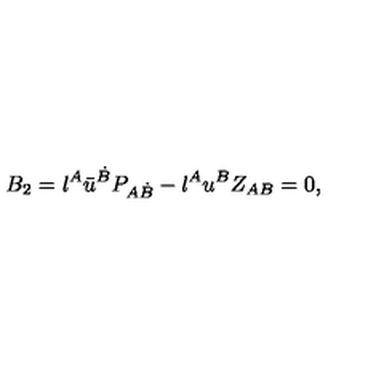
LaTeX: B _ { 2 } = { \l } ^ { A } { \bar { u } } ^ { \dot { B } } P _ { A \dot { B } } - \l ^ { A } { u } ^ { B } Z _ { A B } = 0 ,